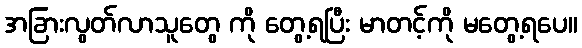
အခြားလွတ်လာသူတွေ ကို တွေ့ရပြီး မာတင့်ကို မတွေ့ရပေ။